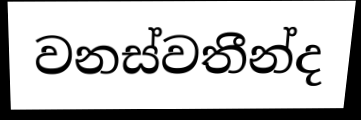
වනස්වතීන්ද